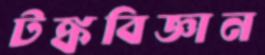
টঙ্কবিজ্ঞান